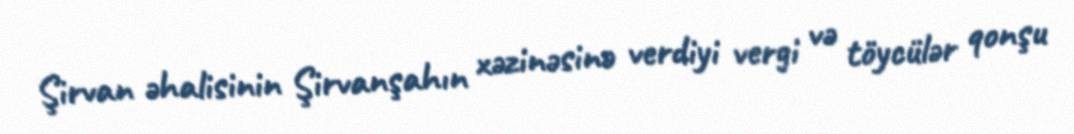
Şirvan əhalisinin Şirvanşahın xəzinəsinə verdiyi vergi və töycülər qonşu